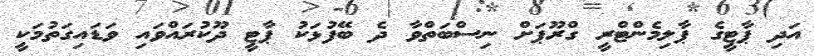
އަދި ޕާޓީގެ ޕާލިމެންޓްރީ ގްރޫޕަށް ނިސްބަތްވާ ދެ ބޭފުޅަކު ޕާޓީ ދޫކުރައްވައި ވަޑައިގަތުމަކީ